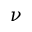
\nu